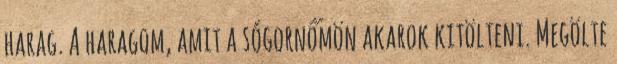
harag. A haragom, amit a sógornőmön akarok kitölteni. Megölte